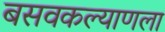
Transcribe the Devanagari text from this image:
बसवकल्याणला